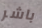
باشر